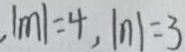
\vert m \vert = 4 , \vert n \vert = 3